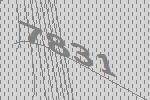
7831